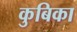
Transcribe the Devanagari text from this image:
कुबिका